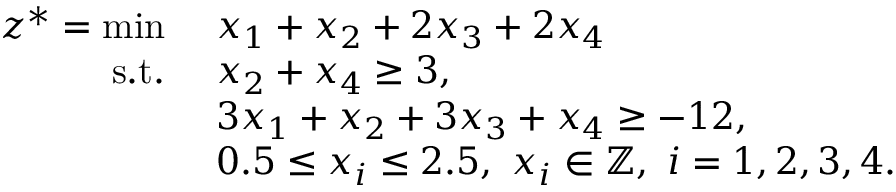
\begin{array} { r l } { z ^ { * } = \operatorname* { m i n } \ } & { x _ { 1 } + x _ { 2 } + 2 x _ { 3 } + 2 x _ { 4 } } \\ { \mathrm { s . t . ~ } } & { x _ { 2 } + x _ { 4 } \geq 3 , } \\ & { 3 x _ { 1 } + x _ { 2 } + 3 x _ { 3 } + x _ { 4 } \geq - 1 2 , } \\ & { 0 . 5 \leq x _ { i } \leq 2 . 5 , ~ x _ { i } \in \mathbb { Z } , ~ i = 1 , 2 , 3 , 4 . } \end{array}